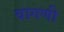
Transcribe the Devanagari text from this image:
बागणी